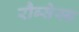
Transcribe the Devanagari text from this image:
रौब्सेस्ड